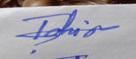
Signature authenticity: forged